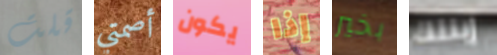
قلت أصمتي يكون إذا بخير إبنتك